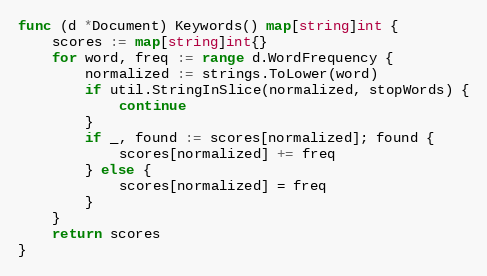
Language: Go
func (d *Document) Keywords() map[string]int {
	scores := map[string]int{}
	for word, freq := range d.WordFrequency {
		normalized := strings.ToLower(word)
		if util.StringInSlice(normalized, stopWords) {
			continue
		}
		if _, found := scores[normalized]; found {
			scores[normalized] += freq
		} else {
			scores[normalized] = freq
		}
	}
	return scores
}